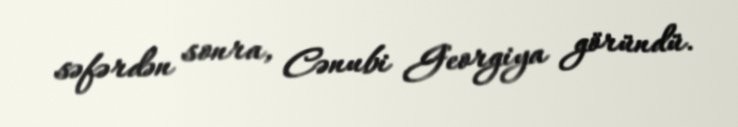
səfərdən sonra, Cənubi Georgiya göründü.